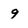
Character: g